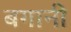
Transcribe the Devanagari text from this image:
बगानी